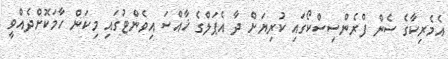
އެމެރިކާގެ ސެން ފްރެންސިސްކޯގައި ކުރިޔަށް ދާ އެޕަލްގެ ޚާއްސަ އިވެންޓުގައި މިކަން ހާމަކޮށްދެއްވީ